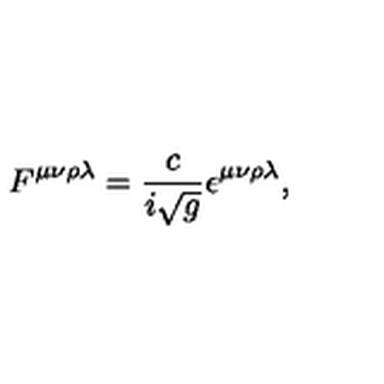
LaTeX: F ^ { \mu \nu \rho \lambda } = \frac { c } { i \sqrt { g } } \epsilon ^ { \mu \nu \rho \lambda } ,